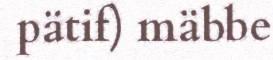
pätif) mäbbe